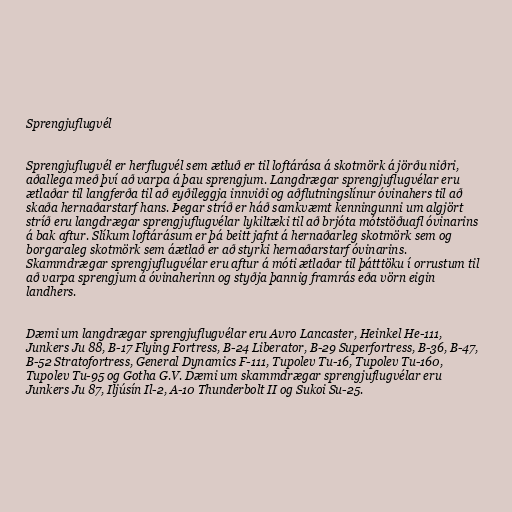
Sprengjuflugvél

Sprengjuflugvél er herflugvél sem ætluð er til loftárása á skotmörk á jörðu niðri,
aðallega með því að varpa á þau sprengjum. Langdrægar sprengjuflugvélar eru
ætlaðar til langferða til að eyðileggja innviði og aðflutningslínur óvinahers til að
skaða hernaðarstarf hans. Þegar stríð er háð samkvæmt kenningunni um algjört
stríð eru langdrægar sprengjuflugvélar lykiltæki til að brjóta mótstöðuafl óvinarins
á bak aftur. Slíkum loftárásum er þá beitt jafnt á hernaðarleg skotmörk sem og
borgaraleg skotmörk sem áætlað er að styrki hernaðarstarf óvinarins.
Skammdrægar sprengjuflugvélar eru aftur á móti ætlaðar til þátttöku í orrustum til
að varpa sprengjum á óvinaherinn og styðja þannig framrás eða vörn eigin
landhers.

Dæmi um langdrægar sprengjuflugvélar eru Avro Lancaster, Heinkel He-111,
Junkers Ju 88, B-17 Flying Fortress, B-24 Liberator, B-29 Superfortress, B-36, B-47,
B-52 Stratofortress, General Dynamics F-111, Tupolev Tu-16, Tupolev Tu-160,
Tupolev Tu-95 og Gotha G.V. Dæmi um skammdrægar sprengjuflugvélar eru
Junkers Ju 87, Iljúsín Il-2, A-10 Thunderbolt II og Sukoi Su-25.